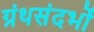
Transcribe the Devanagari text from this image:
ग्रंथसंदर्भों